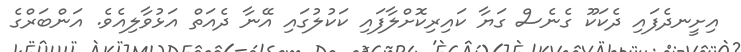
އިށީނދެފައި ދެކަކޫ ގެނެސް ގަޔާ ކައިރިކޮށްލާފައި ކަކުލުގައި އޭނާ ދެއަތް އަޅުވާލިއެވެ. އަންބަރްގެ